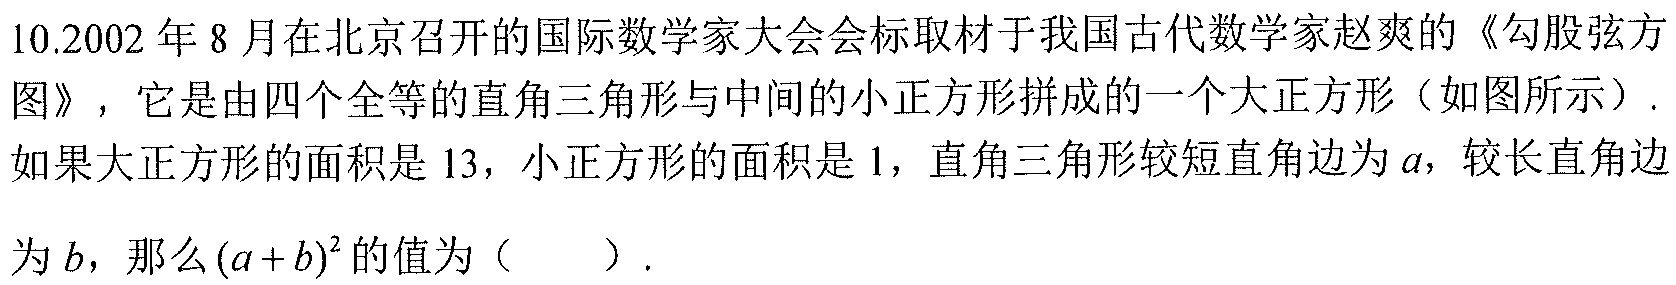
10.2002 年 8 月在北京召开的国际数学家大会会标取材于我国古代数学家赵爽的《勾股弦方图》，它是由四个全等的直角三角形与中间的小正方形拼成的一个大正方形（如图所示）.如果大正方形的面积是 \(13\)，小正方形的面积是 \(1\)，直角三角形较短直角边为 \(a\)，较长直角边为 \(b\)，那么\((a + b)^{2}\) 的值为（  ）.